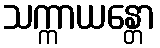
သက္ကာယန္တော